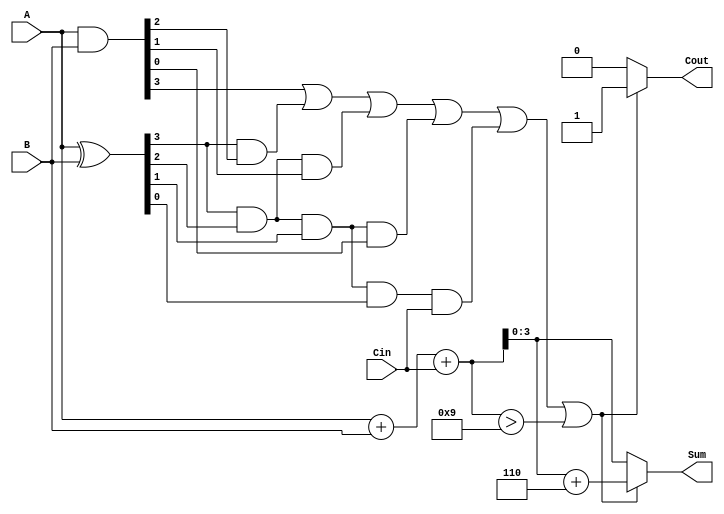
module BCD_Carry_Lookahead_Adder (
    input [3:0] A,      // First BCD digit
    input [3:0] B,      // Second BCD digit
    input Cin,          // Carry input
    output reg [3:0] Sum, // BCD sum output
    output reg Cout      // Carry output
);

    wire [3:0] P;       // Propagate signals
    wire [3:0] G;       // Generate signals
    wire [4:0] C;       // Carry signals

    // Generate and propagate signals
    assign P = A ^ B;   // P[i] = A[i] XOR B[i]
    assign G = A & B;   // G[i] = A[i] AND B[i]

    // Carry lookahead logic
    assign C[0] = Cin;  // C[0] = Cin
    assign C[1] = G[0] | (P[0] & C[0]);
    assign C[2] = G[1] | (P[1] & G[0]) | (P[1] & P[0] & C[0]);
    assign C[3] = G[2] | (P[2] & G[1]) | (P[2] & P[1] & G[0]) | (P[2] & P[1] & P[0] & C[0]);
    assign C[4] = G[3] | (P[3] & G[2]) | (P[3] & P[2] & G[1]) | (P[3] & P[2] & P[1] & G[0]) | (P[3] & P[2] & P[1] & P[0] & C[0]);

    // Raw sum calculation
    wire [4:0] RawSum; // 5-bit to accommodate carry
    assign RawSum = A + B + Cin;

    // Final sum calculation
    always @(*) begin
        if (C[4] || RawSum > 9) begin
            Sum = RawSum[3:0] + 4'b0110; // Add 6 if carry out or RawSum > 9
            Cout = 1;                    // Set carry out
        end else begin
            Sum = RawSum[3:0];           // No adjustment needed
            Cout = 0;                    // No carry out
        end
    end

endmodule